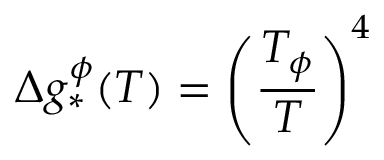
\Delta g _ { * } ^ { \phi } ( T ) = \left( \frac { T _ { \phi } } { T } \right) ^ { 4 }